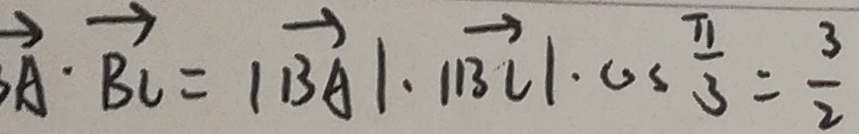
\overrightarrow { A } \cdot \overrightarrow { B C } = \vert \overrightarrow { B A } \vert \cdot \vert \overrightarrow { B C } \vert \cdot \cos \frac { \pi } { 3 } = \frac { 3 } { 2 }